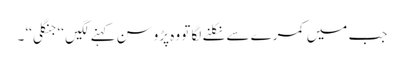
جب میں کمرے سے نکلنے لگا تو وہ پڑوسن کہنے لگیں ‘‘جنگلی‘‘ ۔